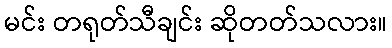
မင်း တရုတ်သီချင်း ဆိုတတ်သလား။